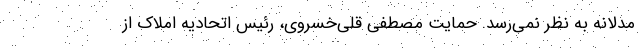
مدلانه به نظر نمی‌رسد. حمایت مصطفی قلی‌خسروی، رئیس اتحادیه املاک از